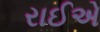
રાઈએ